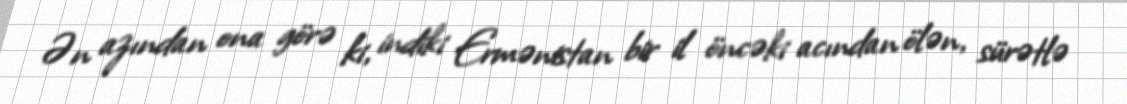
Ən azından ona görə ki, indiki Ermənistan bir il öncəki acından ölən, sürətlə